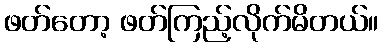
ဖတ်တော့ ဖတ်ကြည့်လိုက်မိတယ်။